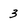
Character: 3